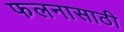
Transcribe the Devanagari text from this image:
फलनासाठी